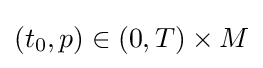
(t_{0},p)\in (0,T)\times M